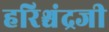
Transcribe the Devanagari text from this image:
हरिश्चंद्रजी